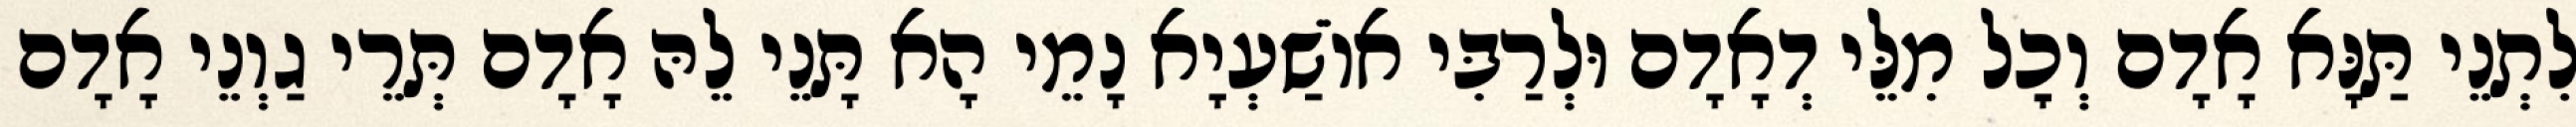
לִתְנֵי תַּנָּא אָדָם וְכׇל מִלֵּי דְאָדָם וּלְרַבִּי אוֹשַׁעְיָא נָמֵי הָא תָּנֵי לֵהּ אָדָם תְּרֵי גַוְנֵי אָדָם